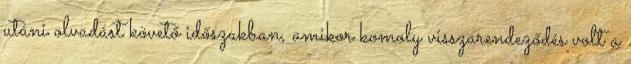
utáni olvadást követő időszakban, amikor komoly visszarendeződés volt a